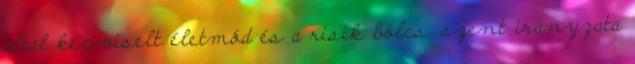
által képviselt életmód és a risik bölcs, szent irányzata